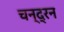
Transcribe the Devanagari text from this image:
चन्‍द्रन